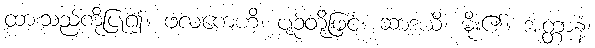
ထားသည်ကိုပြု၍။ ဖလကေဟိ၊ ပျဉ်တို့ဖြင့်။ ဆာဒယိ၊ မိုး၏။ အတ္တာနံ၊